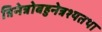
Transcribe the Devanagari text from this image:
त्रिनेत्रोबहुनेत्रश्यतथा